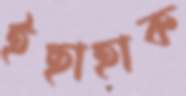
ইছাহাক